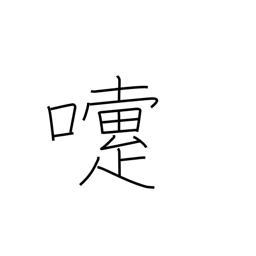
Meaning: sneeze